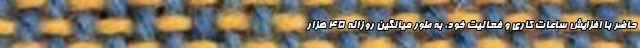
حاضر با افزایش ساعات کاری و فعالیت خود، به طور میانگین روزانه ۴۵ هزار